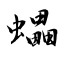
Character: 蠝